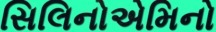
સિલિનોએમિનો